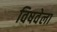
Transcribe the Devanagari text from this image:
विषवेला